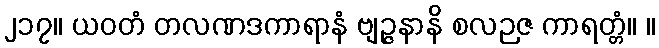
၂၁၇။ ယဝတံ တလဏဒကာရာနံ ဗျဉ္ဇနာနိ စလဉဇ ကာရတ္တံ။ ။